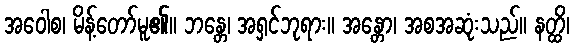
အဝေါစ၊ မိန့်တော်မူ၏။ ဘန္တေ၊ အရှင်ဘုရား။ အန္တော၊ အစအဆုံးသည်။ နတ္ထိ၊